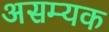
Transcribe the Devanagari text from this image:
असम्यक